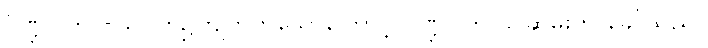
ပိဏ္ဍပါတ =သပိတ်၌ကျတတ်သောကြောင့် ပိဏ္ဍပါတ = ဆွမ်းဟု ခေါ်သည်။